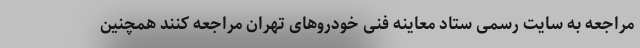
مراجعه به سایت رسمی ستاد معاینه فنی خودروهای تهران مراجعه کنند همچنین